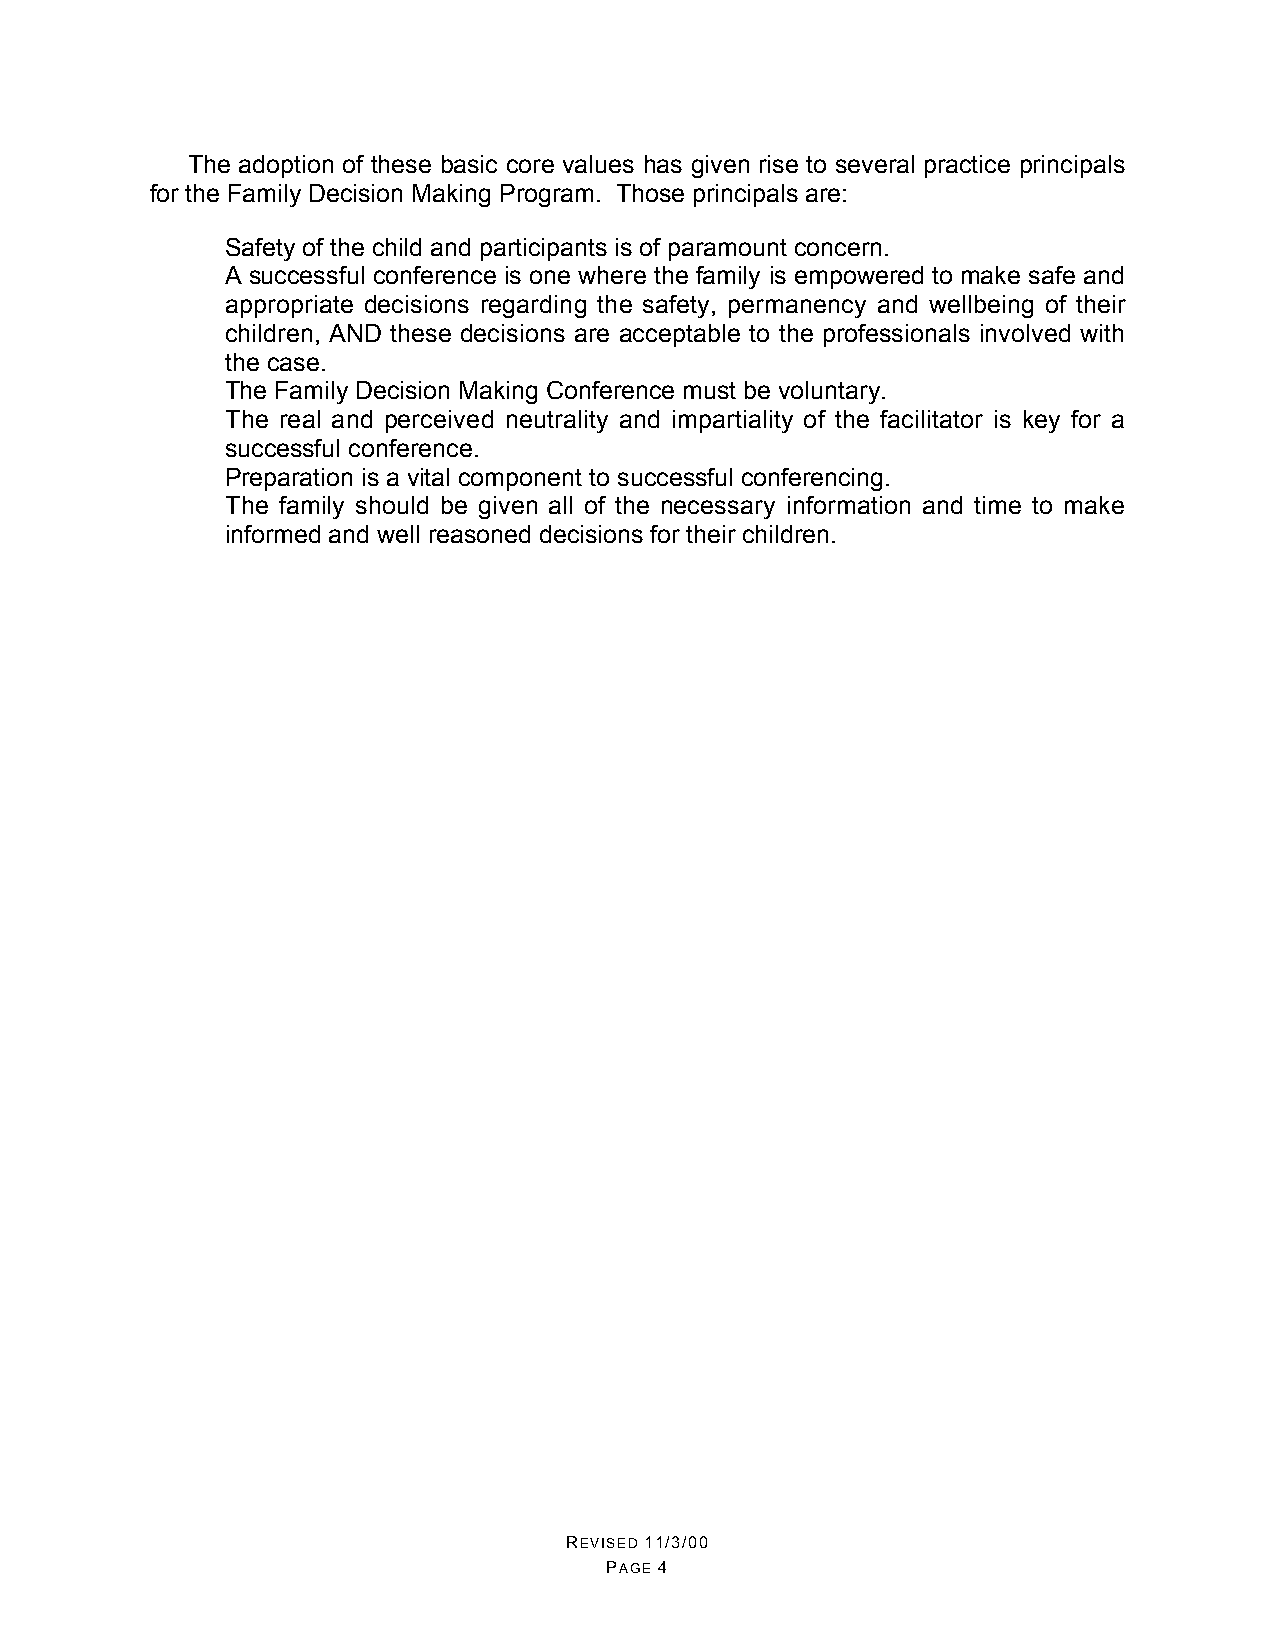
The adoption of these basic core values has given rise to several practice principals
 for the Family Decision Making Program. Those principals are:
 •  Safety of the child and participants is of paramount concern.
 •  A successful conference is one where the family is empowered to make safe and
 appropriate decisions regarding the safety, permanency and wellbeing of their
 children, AND these decisions are acceptable to the professionals involved with
 the case.
 •  The Family Decision Making Conference must be voluntary.
 •  The real and perceived neutrality and impartiality of the facilitator is key for a
 successful conference.
 •  Preparation is a vital component to successful conferencing.
 •  The family should be given all of the necessary information and time to make
 informed and well reasoned decisions for their children.
 REVISED 11/3/00
 PAGE 4